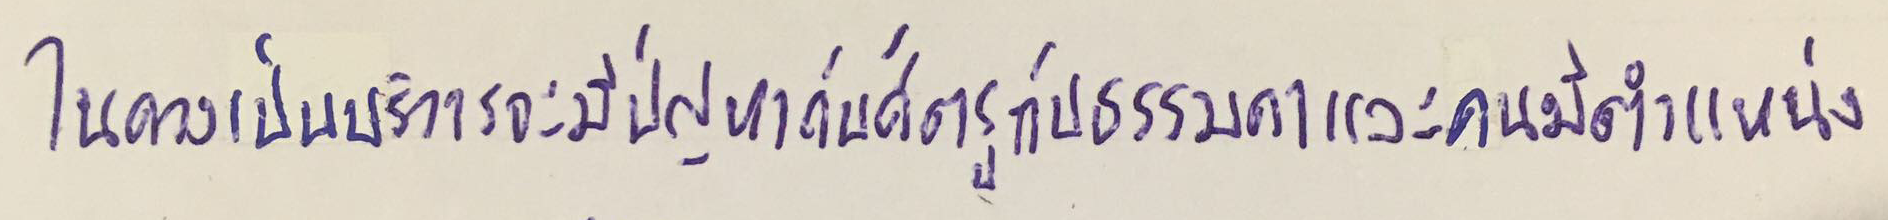
ในดวงเป็นบริวารจะมีปัญหากับศัตรูกับธรรมดาและคนมีตำแหน่ง